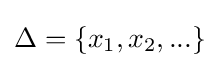
\Delta =\{x_{1},x_{2},...\}